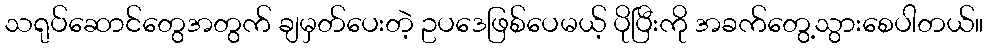
သရုပ်ဆောင်တွေအတွက် ချမှတ်ပေးတဲ့ ဥပဒေဖြစ်ပေမယ့် ပိုပြီးကို အခက်တွေ့သွားစေပါတယ်။